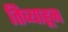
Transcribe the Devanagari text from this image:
तिच्याहून